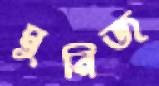
মুনিজ